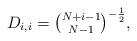
LaTeX: \begin{align*}D_{i,i}=\tbinom{N+i-1}{N-1}^{-\frac{1}{2}},\end{align*}